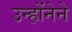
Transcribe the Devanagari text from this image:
उन्होंनेने